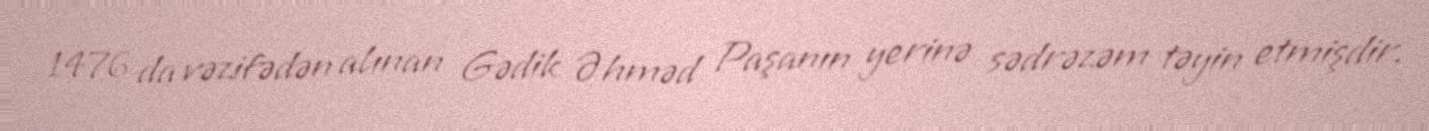
1476 da vəzifədən alınan Gədik Əhməd Paşanın yerinə sədrəzəm təyin etmişdir.